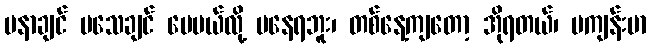
မနာချင် မသေချင် ပေမယ်လို့ မနေရဘူး၊ တစ်နေ့ကျတော့ အိုရတယ်၊ မကျန်းမာ